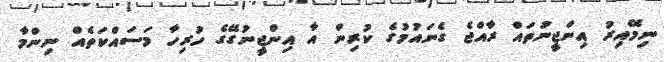
ނިމޭއިރު އިންޖީނުތައް ރާއްޖެ ގެނައުމުގެ ކުރިން އާ އިންޖީނުގޭގެ ހުރިހާ މަސައްކަތެއް ނިންމާ